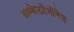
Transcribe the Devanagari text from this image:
अम्फेटटेमीनेस